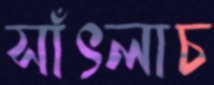
সাঁৎলাচ